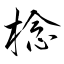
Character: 棯